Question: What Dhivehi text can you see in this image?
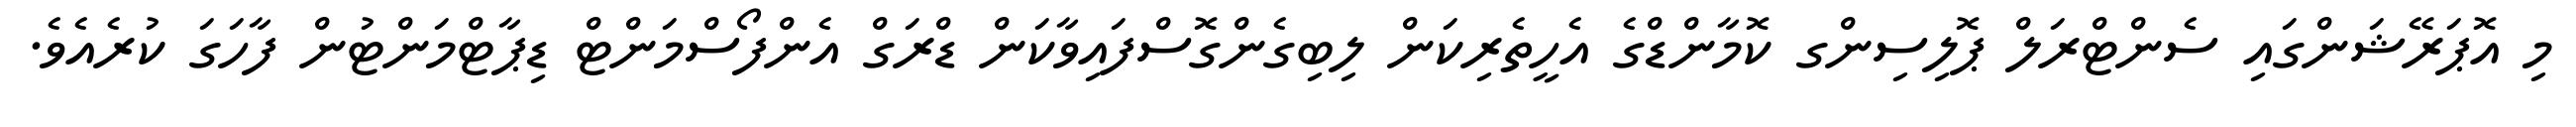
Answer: މި އޮޕަރޭޝަންގައި ސެންޓްރަލް ޕޮލިސިންގ ކޮމާންޑްގެ އެހީތެރިކަން ލިބިގެންގޮސްފައިވާކަން ޑްރަގް އެންފޯސްމަންޓް ޑިޕާޓްމަންޓުން ފާހަގަ ކުރެއެވެ.